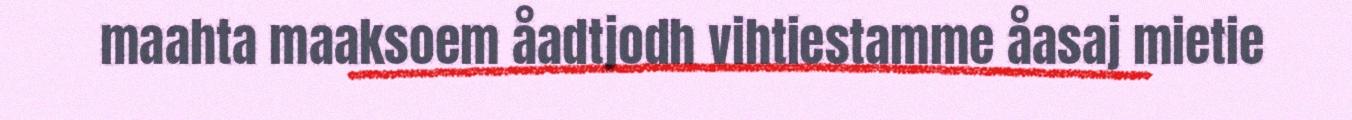
maahta maaksoem åadtjodh vihtiestamme åasaj mietie